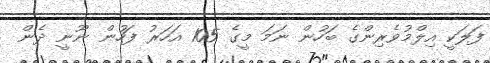
ފަލަކީ އިލްމުވެރިންގެ ބަހުން ނަމަ މީގެ 105 އަހަރު ފަހުން ނޫނީ ދެން